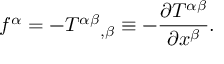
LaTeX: f ^ { \alpha } = - { T ^ { \alpha \beta } } _ { , \beta } \equiv - { \frac { \partial T ^ { \alpha \beta } } { \partial x ^ { \beta } } } .